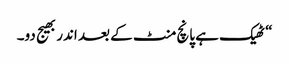
“ ٹھیک ہے پانچ منٹ کے بعد اندر بھیج دو۔